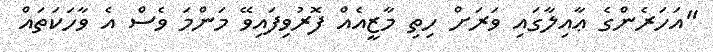
"އަހަރެންގެ ޢާއިލާގައި ވަރަށް ހިތި މާޒީއެއް ފޮރުވިފައިވޭ މަންމަ ވެސް އެ ވާހަކަތައް